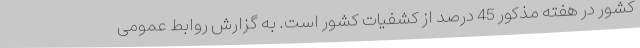
کشور در هفته مذکور 45 درصد از کشفیات کشور است. به گزارش روابط عمومی